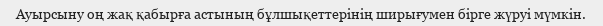
Ауырсыну оң жақ қабырға астының бұлшықеттерінің ширығумен бірге жүруі мүмкін.